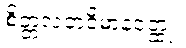
စိတ္တလတဝိမာနဝတ္ထု။